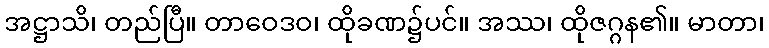
အဋ္ဌာသိ၊ တည်ပြီ။ တာဝေဒဝ၊ ထိုခဏ၌ပင်။ အဿ၊ ထိုဇဂ္ဂန၏။ မာတာ၊